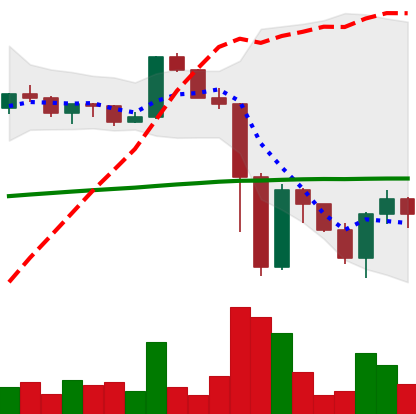
Ticker: XRP-USD
Chart end date: 2022-11-16
Forward return: -3.057%
Label: down_3_5